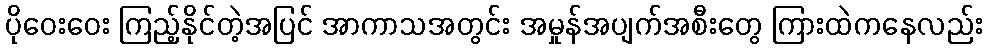
ပိုဝေးဝေး ကြည့်နိုင်တဲ့အပြင် အာကာသအတွင်း အမှုန်အပျက်အစီးတွေ ကြားထဲကနေလည်း